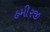
હમીરજી